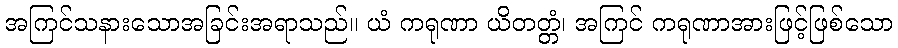
အကြင်သနားသောအခြင်းအရာသည်။ ယံ ကရုဏာ ယိတတ္တံ၊ အကြင် ကရုဏာအားဖြင့်ဖြစ်သော